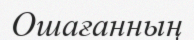
Ошағанның